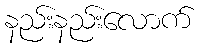
နည်းနည်းလောက်